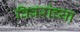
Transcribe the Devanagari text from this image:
विवरांच्या